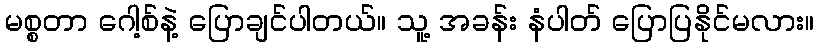
မစ္စတာ ဂေါ့စ်နဲ့ ပြောချင်ပါတယ်။ သူ့ အခန်း နံပါတ် ပြောပြနိုင်မလား။